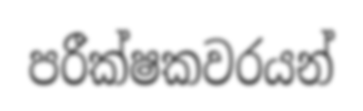
පරීක්ෂකවරයන්